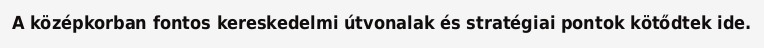
A középkorban fontos kereskedelmi útvonalak és stratégiai pontok kötődtek ide.